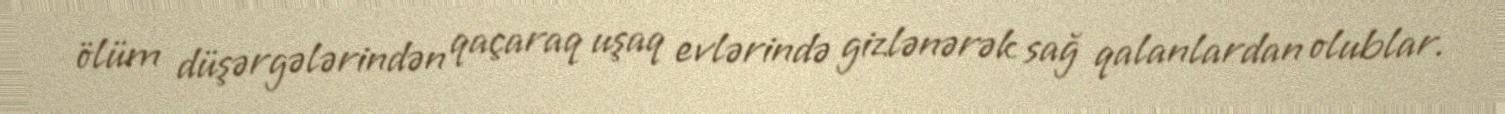
ölüm düşərgələrindən qaçaraq uşaq evlərində gizlənərək sağ qalanlardan olublar.